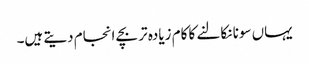
یہاں سونا نکالنے کا کام زیادہ تر بچے انجام دیتے ہیں۔